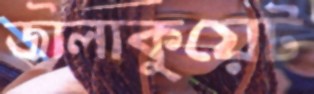
জালাকুয়েট